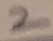
Text: 2